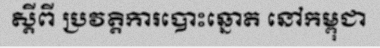
ស្តីពី ប្រវត្តិការបោះឆ្នោត នៅកម្ពុជា